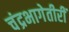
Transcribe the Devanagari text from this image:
चंद्रभागेतीरीं